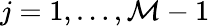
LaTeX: j=1,\dotsc,\mathcal{M}-1